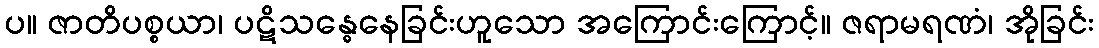
ပ။ ဇာတိပစ္စယာ၊ ပဋိသန္ဓေနေခြင်းဟူသော အကြောင်းကြောင့်။ ဇရာမရဏံ၊ အိုခြင်း